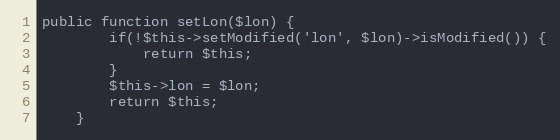
Language: PHP
public function setLon($lon) {
        if(!$this->setModified('lon', $lon)->isModified()) {
            return $this;
        }
		$this->lon = $lon;
		return $this;
    }